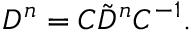
D ^ { n } = C \tilde { D } ^ { n } C ^ { - 1 } .